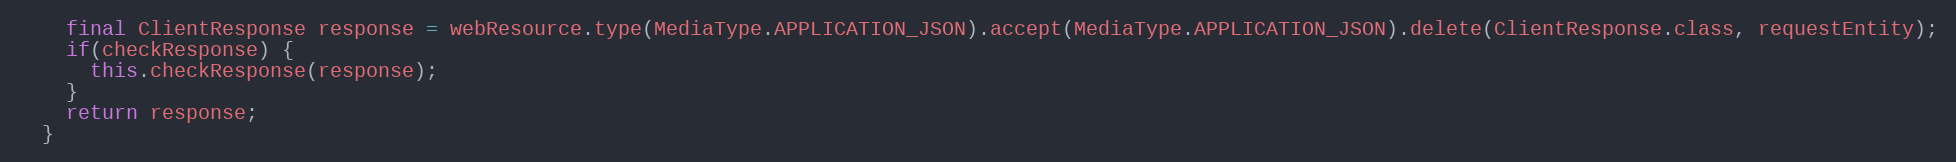
Language: Java
    final ClientResponse response = webResource.type(MediaType.APPLICATION_JSON).accept(MediaType.APPLICATION_JSON).delete(ClientResponse.class, requestEntity);
    if(checkResponse) {
      this.checkResponse(response);
    }
    return response;
  }